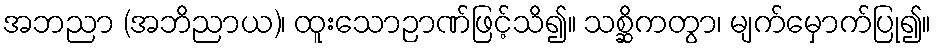
အဘညာ (အဘိညာယ)၊ ထူးသောဉာဏ်ဖြင့်သိ၍။ သစ္ဆိကတွာ၊ မျက်မှောက်ပြု၍။